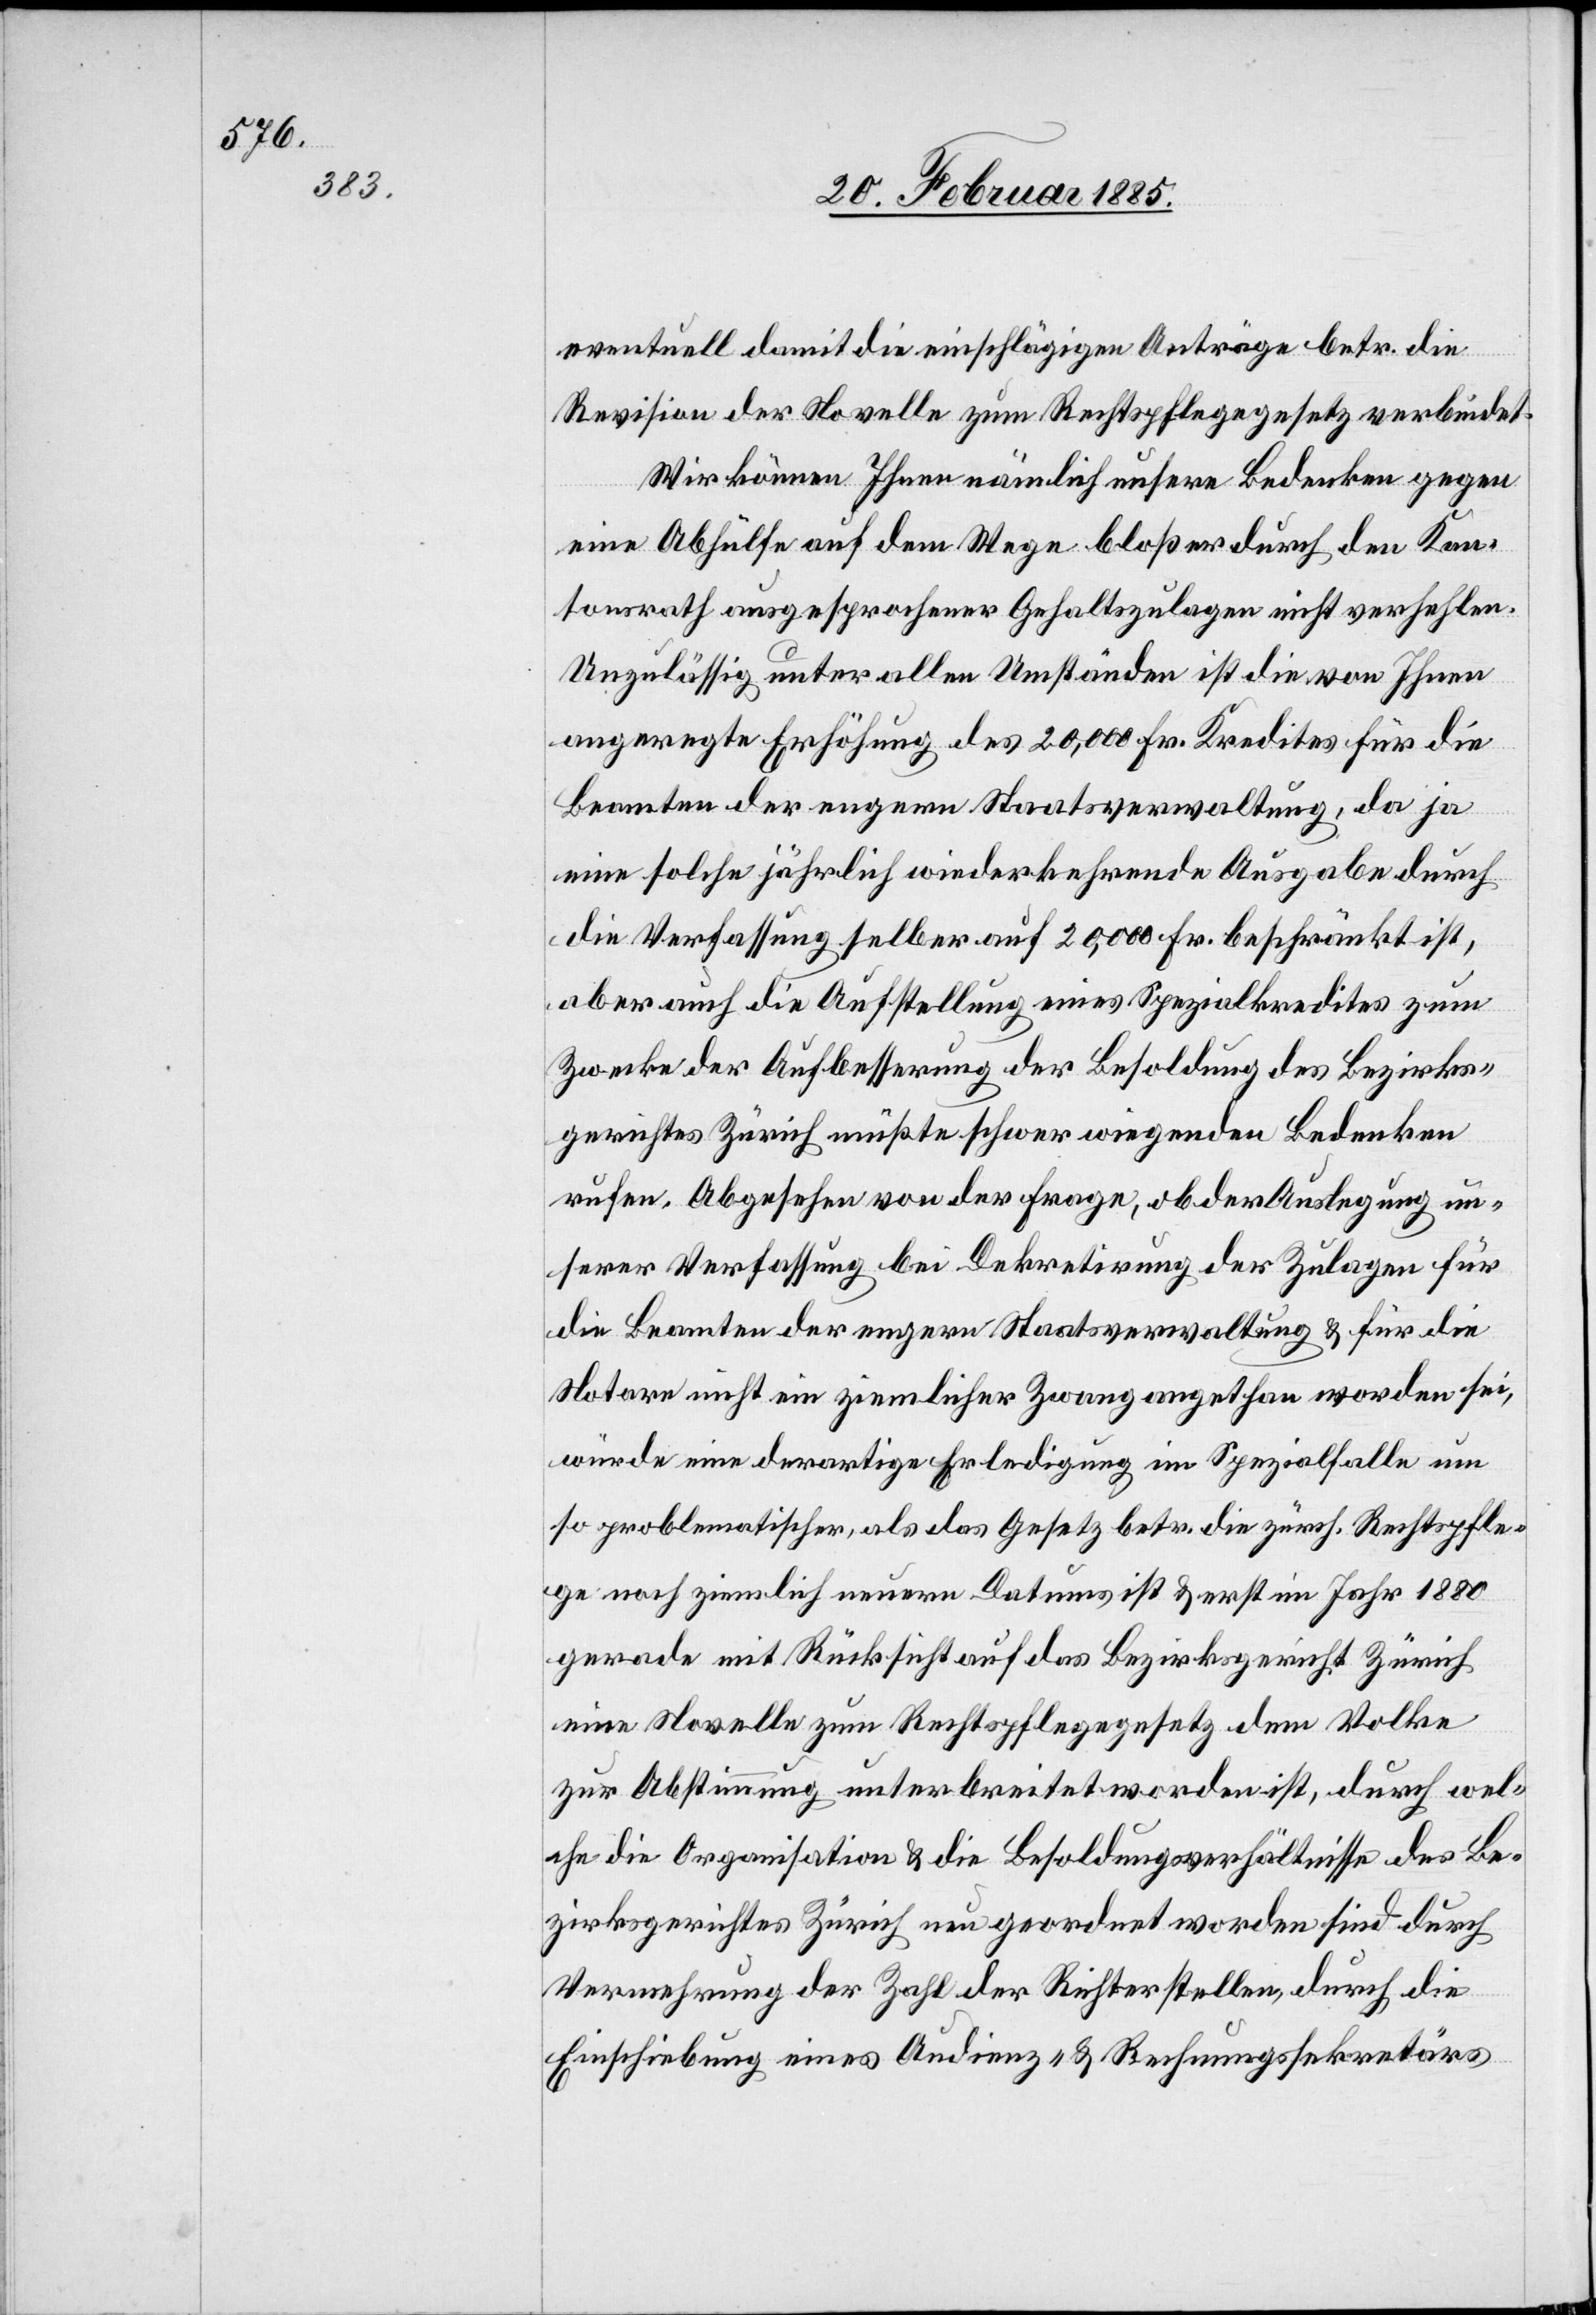
eventuell damit die einschlägigen Anträge betr. die
Revision der Novelle zum Rechtspflegegesetz verbindet.
Wir können Ihnen nämlich unsere Bedenken gegen
eine Abhülfe auf dem Wege bloßer durch den Kan¬
tonsrath ausgesprochener Gehaltszulagen nicht verhehlen.
Unzulässig unter allen Umständen ist die von Ihnen
angeregte Erhöhung des 20,000 Fr. Kredites für die
Beamten der engen Staatsverwaltung, da ja
eine solche jährlich wiederkehrende Ausgabe durch
die Verfassung selber auf 20,000 Fr. beschränkt ist,
aber auch die Aufstellung eines Spezialkredites zum
Zwecke der Aufbesserung der Besoldung des Bezirks¬
gerichtes Zürich müßte schwer wiegenden Bedenken
rufen. Abgesehen von der Frage, ob der Auslegung un¬
serer Verfassung bei Dekretirung der Zulagen für
die Beamten der engern Staatsverwaltung & für die
Notare nicht in ziemlicher Zwang angethan worden sei,
würde eine derartige Erledigung im Spezialfalle um
so problematischer, als das Gesetz betr. die zürch. Rechtspfle¬
ge noch ziemlich neuern Datums ist & erst im Jahr 1880
gerade mit Rücksicht auf das Bezirksgericht Zürich
eine Novelle zum Rechtspflegegesetz dem Volke
zur Abstimmung unterbreitet worden ist, durch wel¬
che die Organisation & die Besoldungsverhältnisse des Be¬
zirksgerichtes Zürich neu geordnet worden sind durch
Vermehrung der Zahl der Richterstellen, durch die
Einschreibung eines Audienz- & Rechnungssekretärs